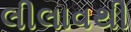
લીલાવથી